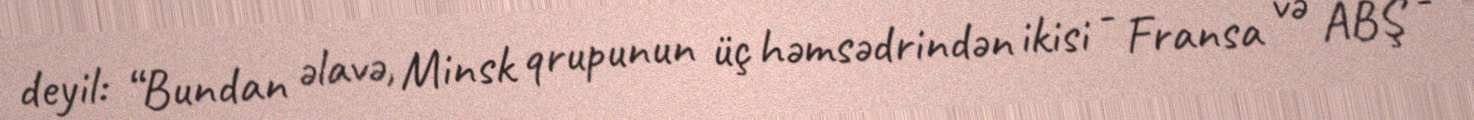
deyil: “Bundan əlavə, Minsk qrupunun üç həmsədrindən ikisi - Fransa və ABŞ -